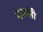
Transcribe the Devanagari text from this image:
दळली